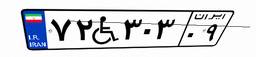
۷۲W۳۰۳۰۹